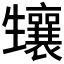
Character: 𤰂